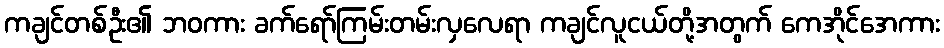
ကချင်တစ်ဦး၏ ဘဝကား ခက်ရော်ကြမ်းတမ်းလှလေရာ ကချင်လူငယ်တို့အတွက် ကေအိုင်အေကား